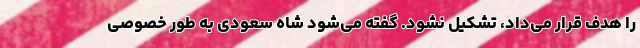
را هدف قرار می‌داد، تشکیل نشود. گفته می‌شود شاه سعودی به طور خصوصی